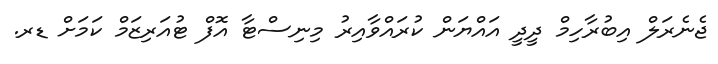
ޖެނެރަލް އިބުރާހިމް ދީދީ އައްޔަން ކުރައްވާއިރު މިނިސްޓާ އޮފް ޓުއަރިޒަމް ކަމަށް ޑރ.